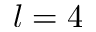
l = 4